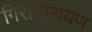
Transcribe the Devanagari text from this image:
गिरीनारायण